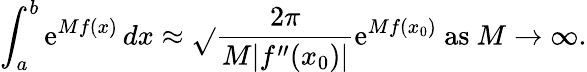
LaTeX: \int_{a}^{b}\mathrm{e}^{Mf(x)}\, dx\approx{\sqrt{}{{\frac{{2\pi}}{{M|f^{\prime\prime}(x_{0})|}}}}}\mathrm{e}^{Mf(x_{0})}{\mathrm{{~as~}}}M\to\infty.